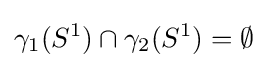
\gamma _{1}(S^{1})\cap \gamma _{2}(S^{1})=\emptyset